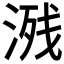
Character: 𣸶